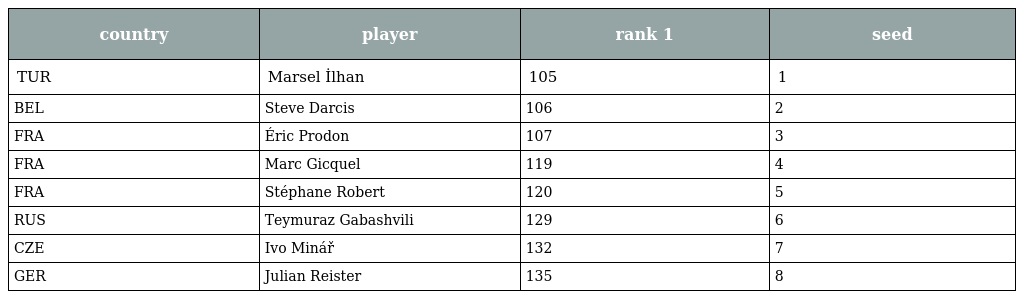
| country | player | rank 1 | seed |
 | --- | --- | --- | --- |
 | TUR | Marsel İlhan | 105 | 1 |
 | BEL | Steve Darcis | 106 | 2 |
 | FRA | Éric Prodon | 107 | 3 |
 | FRA | Marc Gicquel | 119 | 4 |
 | FRA | Stéphane Robert | 120 | 5 |
 | RUS | Teymuraz Gabashvili | 129 | 6 |
 | CZE | Ivo Minář | 132 | 7 |
 | GER | Julian Reister | 135 | 8 |